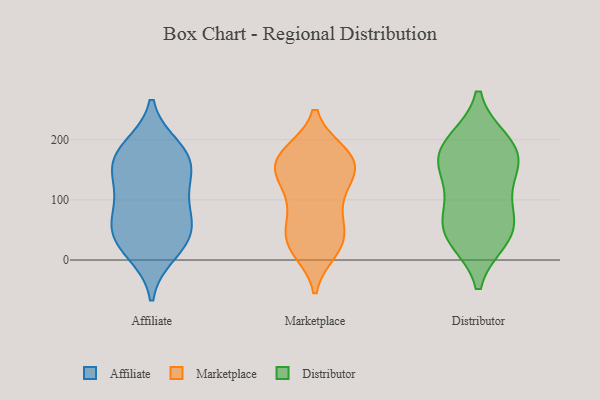
{"axis": {"x": "Production Output", "y": "Value"}, "legend": ["Affiliate", "Distributor", "Marketplace"], "data": [{"x": "", "y": 13, "type": "Affiliate"}, {"x": "", "y": 81, "type": "Affiliate"}, {"x": "", "y": 164, "type": "Affiliate"}, {"x": "", "y": 133, "type": "Affiliate"}, {"x": "", "y": 168, "type": "Affiliate"}, {"x": "", "y": 119, "type": "Affiliate"}, {"x": "", "y": 44, "type": "Affiliate"}, {"x": "", "y": 173, "type": "Affiliate"}, {"x": "", "y": 73, "type": "Affiliate"}, {"x": "", "y": 30, "type": "Affiliate"}, {"x": "", "y": 186, "type": "Affiliate"}, {"x": "", "y": 45, "type": "Affiliate"}, {"x": "", "y": 148, "type": "Marketplace"}, {"x": "", "y": 169, "type": "Marketplace"}, {"x": "", "y": 174, "type": "Marketplace"}, {"x": "", "y": 175, "type": "Marketplace"}, {"x": "", "y": 94, "type": "Marketplace"}, {"x": "", "y": 55, "type": "Marketplace"}, {"x": "", "y": 68, "type": "Marketplace"}, {"x": "", "y": 97, "type": "Marketplace"}, {"x": "", "y": 16, "type": "Marketplace"}, {"x": "", "y": 140, "type": "Marketplace"}, {"x": "", "y": 152, "type": "Marketplace"}, {"x": "", "y": 176, "type": "Marketplace"}, {"x": "", "y": 30, "type": "Marketplace"}, {"x": "", "y": 23, "type": "Marketplace"}, {"x": "", "y": 41, "type": "Marketplace"}, {"x": "", "y": 128, "type": "Marketplace"}, {"x": "", "y": 23, "type": "Marketplace"}, {"x": "", "y": 142, "type": "Marketplace"}, {"x": "", "y": 178, "type": "Marketplace"}, {"x": "", "y": 195, "type": "Distributor"}, {"x": "", "y": 107, "type": "Distributor"}, {"x": "", "y": 69, "type": "Distributor"}, {"x": "", "y": 150, "type": "Distributor"}, {"x": "", "y": 170, "type": "Distributor"}, {"x": "", "y": 44, "type": "Distributor"}, {"x": "", "y": 50, "type": "Distributor"}, {"x": "", "y": 37, "type": "Distributor"}, {"x": "", "y": 192, "type": "Distributor"}, {"x": "", "y": 165, "type": "Distributor"}]}